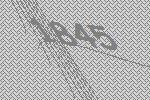
1845